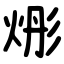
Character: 烿